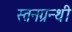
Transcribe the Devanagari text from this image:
स्तनग्रन्थी